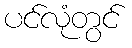
ပင်လုံတွင်